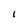
Character: l